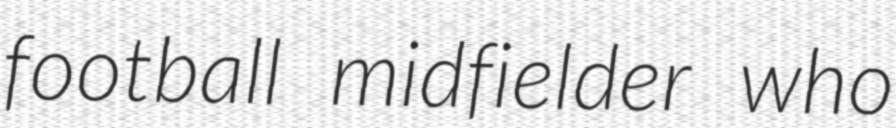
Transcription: football midfielder who